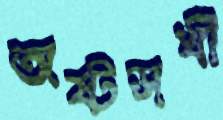
অষ্টসখী